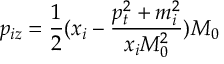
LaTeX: p _ { i z } = \frac { 1 } { 2 } ( x _ { i } - \frac { p _ { t } ^ { 2 } + m _ { i } ^ { 2 } } { x _ { i } M _ { 0 } ^ { 2 } } ) M _ { 0 }